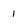
Character: I